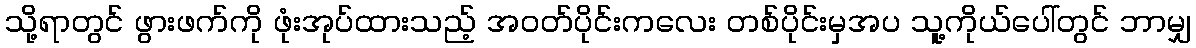
သို့ရာတွင် ဖွားဖက်ကို ဖုံးအုပ်ထားသည့် အဝတ်ပိုင်းကလေး တစ်ပိုင်းမှအပ သူ့ကိုယ်ပေါ်တွင် ဘာမျှ